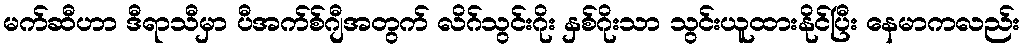
မက်ဆီဟာ ဒီရာသီမှာ ပီအက်စ်ဂျီအတွက် လိဂ်သွင်းဂိုး နှစ်ဂိုးသာ သွင်းယူထားနိုင်ပြီး နေမာကလည်း